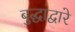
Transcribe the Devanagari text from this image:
बुद्धाद्वारे